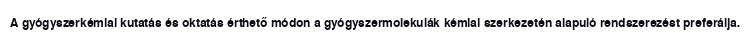
A gyógyszerkémiai kutatás és oktatás érthető módon a gyógyszermolekulák kémiai szerkezetén alapuló rendszerezést preferálja.